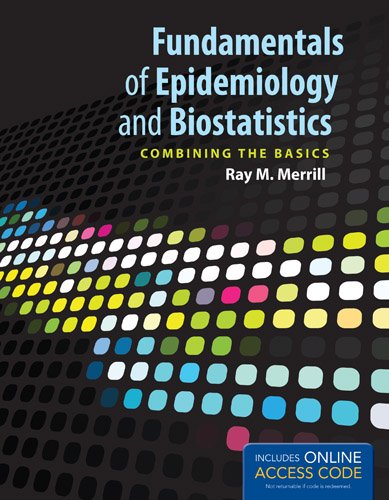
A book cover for Fundamentals Of Epidemiology And Biostatistics; Ray M. Merrill; Medical Books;